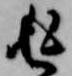
返